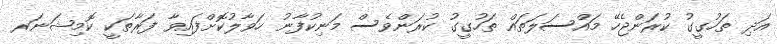
އަދި ތަހުގީގު ކުރަންޖެހޭ މައްސަލަތައް ތަހުގީގު ކުރަންވެސް މަނިކުފާނު ހަވާލުކޮށްފައިވާ ފަރާތަކީ ކޮމިޝަނަރ